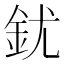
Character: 䤞